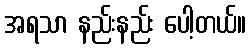
အရသာ နည်းနည်း ပေါ့တယ်။